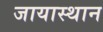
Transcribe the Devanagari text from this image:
जायास्थान